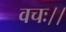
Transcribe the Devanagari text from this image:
वचः।।